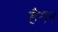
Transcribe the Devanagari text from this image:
हैगर